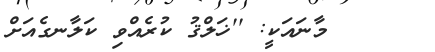
މާނައަކީ: ''ޚަލްޤު ކުރެއްވި ކަލާނގެއަށް